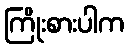
ကြိုးစားပါက